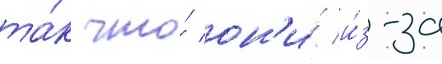
та́к что́ он'и́ и́з-за